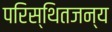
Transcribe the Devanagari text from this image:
परिस्थितजन्य